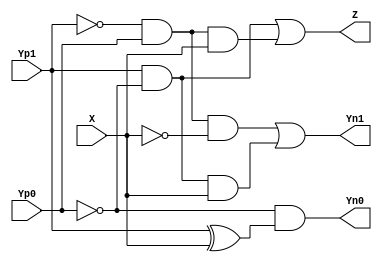
// Name: Vincent Li
// Course: CSE320 T/TH 4:30PM
// Professor: Vrudhula
/*
    Structural version of Vincent-Li-A2-Q1c-behavDivide3.v
*/

module structDivide3_1 (
    input wire X,
    output wire Z,
    input wire Yp1, Yp0,
    output wire Yn1, Yn0
    );
    wire Z_bar, Yp1_bar, Yp0_bar, X_bar;
    wire w1, w2, w3, w4, w5;
    // nots
    not n0(Z_bar, Z);
    not n1(Yp1_bar, Yp1);
    not n2(Yp0_bar, Yp0);
    not n3(X_bar, X);
    // for Z
    and a0(w1, Yp1, Yp0_bar);
    and a1(w2, Yp1_bar, Yp0, X);
    or o0(Z, w1, w2);
    // for Yn1
    and a2(w3, Yp1_bar, Yp0, X_bar);
    and a3(w4, Yp1, Yp0_bar, X);
    or o1(Yn1, w3, w4);
    // for Yn0
    xor xo1(w5, Yp1, X);
    and a4(Yn0, Yp0_bar, w5);

endmodule

module structDivide3 #(parameter integer WIDTH = 4) (
    input wire [WIDTH - 1 : 0] X,
    output wire [WIDTH - 1 : 0] Z,
    input wire [1 : 0] Yin,
    output wire [1 : 0] Yout
    );
    
    wire [WIDTH - 1 : 0] Yp1, Yp0, Yn1, Yn0;

    structDivide3_1 M[WIDTH - 1 : 0] (.X(X), .Z(Z), .Yp1(Yp1), .Yp0(Yp0), .Yn1(Yn1), .Yn0(Yn0));

    assign Yp1[WIDTH - 1]  = Yin[1];
    assign Yp0[WIDTH - 1] = Yin[0];

    assign Yp1[WIDTH - 2 : 0] = Yn1[WIDTH - 1 : 1];
    assign Yp0[WIDTH - 2 : 0] = Yn0[WIDTH - 1 : 1];

    assign Yout[1] = Yn1[0];
    assign Yout[0] = Yn0[0];

endmodule